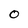
Character: O